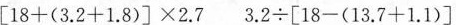
$$[ 1 8 + ( 3 . 2 + 1 . 8 ) ] \times 2 . 7$$ $$3 . 2 \div [ 1 8 - ( 1 3 . 7 + 1 . 1 ) ]$$